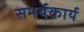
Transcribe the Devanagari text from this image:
समर्थकार्य